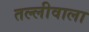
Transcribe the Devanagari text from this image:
तल्लीवाला